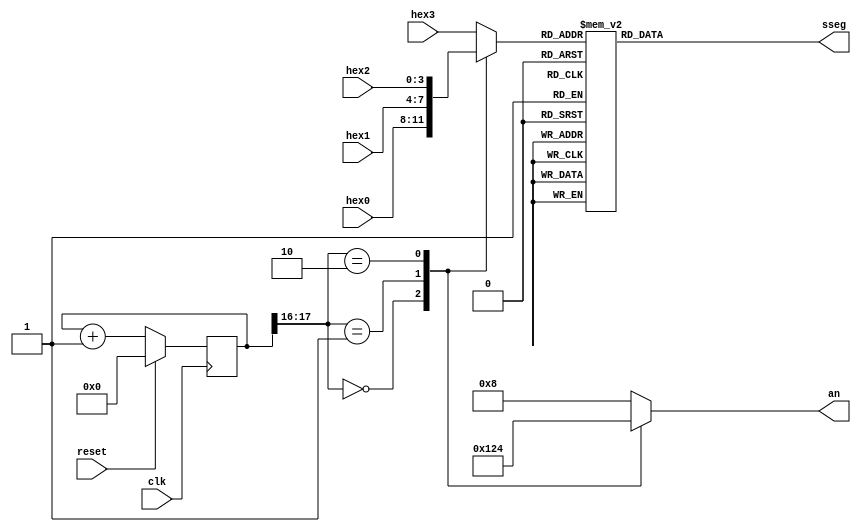
`timescale 1ns / 1ps
module scan_led_hex_disp(
    input clk,
    input reset,
    input [3:0] hex0, 
    input [3:0] hex1,
    input [3:0] hex2,
    input [3:0] hex3,
    output reg [3:0] an,   
    output reg [6:0] sseg  
    );

 localparam N = 18;
 reg [N-1:0] regN; 
 reg [3:0] hex_in; 
 
 always@(posedge clk)
 begin
  if(reset)
   regN <= 0;
  else
   regN <= regN + 1;
 end
 
 always@ *
 begin
  case(regN[N-1:N-2])
  2'b00:begin
   an = 4'b0001; 
   hex_in = hex0; 
  end
  2'b01:begin
   an = 4'b0010; 
   hex_in = hex1;
  end
  2'b10:begin
   an = 4'b0100;
   hex_in = hex2;
  end
  default:begin
   an = 4'b1000;
   hex_in = hex3;
  end
  
  endcase
 
 end
 always@ *
 begin
  case(hex_in)
   4'h0: sseg[6:0] = ~7'b0000001; 
   4'h1: sseg[6:0] = ~7'b1001111;
   4'h2: sseg[6:0] = ~7'b0010010;
   4'h3: sseg[6:0] = ~7'b0000110;
   4'h4: sseg[6:0] = ~7'b1001100;
   4'h5: sseg[6:0] = ~7'b0100100;
   4'h6: sseg[6:0] = ~7'b0100000;
   4'h7: sseg[6:0] = ~7'b0001111;
   4'h8: sseg[6:0] = ~7'b0000000;
   4'h9: sseg[6:0] = ~7'b0000100;
   4'ha: sseg[6:0] = ~7'b0001000;
   4'hb: sseg[6:0] = ~7'b1100000;
   4'hc: sseg[6:0] = ~7'b0110001; 
   4'hd: sseg[6:0] = ~7'b1000010;
   4'he: sseg[6:0] = ~7'b0110000;
   default: sseg[6:0] = ~7'b0111000;
  endcase
 end
endmodule